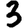
Digit: 3